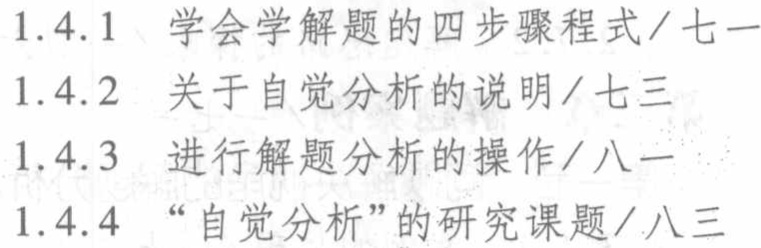
1.4.1 学会学解题的四步骤程式/七一

1.4.2 关于自觉分析的说明/七三

1.4.3 进行解题分析的操作/八一

1.4.4 “自觉分析”的研究课题/八三